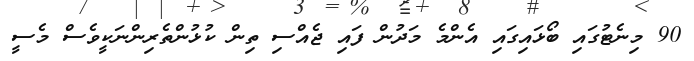
90 މިނެޓުގައި ބޯޅައިގައި އެންމެ މަދުން ފައި ޖެއްސި ތިން ކުޅުންތެރިންނަކީވެސް މެސީ